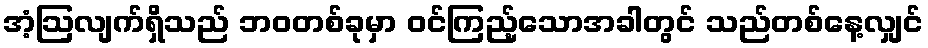
အံ့ဩလျက်ရှိသည် ဘဝတစ်ခုမှာ ဝင်ကြည့်သောအခါတွင် သည်တစ်နေ့လျှင်